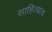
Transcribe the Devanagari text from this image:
साहित्यत्व